Civil Veterinary Department. Madras. Admin. report 1910-25 - 1910-1925
Year: 1910
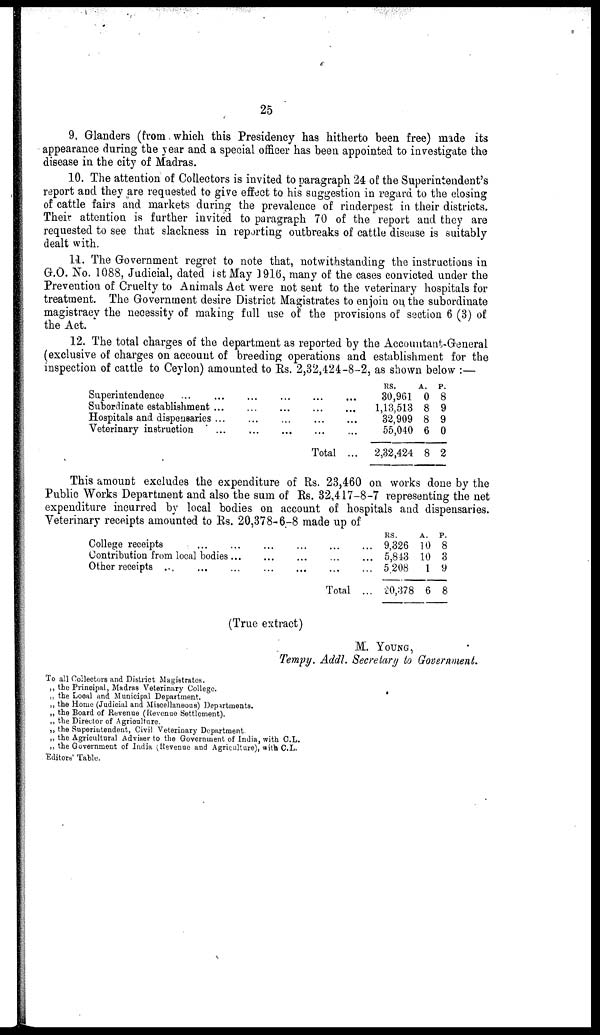
25
9. Glanders (from which this Presidency has hitherto been free) made its
appearance during the year and a special officer has been appointed to investigate the
disease in the city of Madras.
10. The attention of Collectors is invited to paragraph 24 of the Superintendent's
report and they are requested to give effect to his suggestion in regard to the closing
of cattle fairs and markets during the prevalence of rinderpest in their districts.
Their attention is further invited to paragraph 70 of the report and they are
requested to see that slackness in reporting outbreaks of cattle disease is suitably
dealt with.
11. The Government regret to note that, notwithstanding the instructions in
G.O. No. 1088, Judicial, dated 1st May 1916, many of the cases convicted under the
Prevention of Cruelty to Animals Act were not sent to the veterinary hospitals for
treatment. The Government desire District Magistrates to enjoin on the subordinate
magistracy the necessity of making full use of the provisions of section 6 (3) of
the Act.
12. The total charges of the department as reported by the Accountant-General
(exclusive of charges on account of breeding operations and establishment for the
inspection of cattle to Ceylon) amounted to Rs. 2,32,424-8-2, as shown below:—
Superintendence ...
Subordinate establishment
Hospitals and dispensaries
Veterinary instruction
...
...
...
...
...
...
...
...
...
...
...
...
...
...
...
...
Total
...
...
...
...
...
RS.
30,961
1,13,513
32,909
55,040
2,32,424
A.
0
8
8
6
8
P.
8
9
9
0
2
This amount excludes the expenditure of Rs. 23,460 on works done by the
Public Works Department and also the sum of Rs. 32,417-8-7 representing the net
expenditure incurred by local bodies on account of hospitals and dispensaries.
Veterinary receipts amounted to Rs. 20,378-6-8 made up of
College receipts ... ...
Contribution from local bodies ...
Other receipts ...
...
...
...
...
...
...
...
...
...
Total
...
...
...
...
RS.
9,326
5,843
5 208
20,378
A.
10
10
1
6
P.
8
3
9
8
(True extract)
M. YOUNG,
Tempy. Addl. Secretary to Government,
To all Collectors and District Magistrates.
„ the Principal, Madras Veterinary College.
„ the Local and Municipal Department.
„ the Home (Judicial and Miscellaneous) Departments.
„ the Board of Revenue (Revenue Settlement).
„ the Director of Agriculture.
„ the Superintendent, Civil Veterinary Department.
„ the Agricultural Adviser to the Government of India, with C.L.
„ the Government of India (Revenue and Agriculture), with C.L.
Editors' Table.